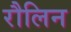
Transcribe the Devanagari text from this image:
रौलिन